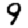
Digit: 9